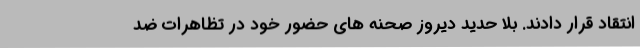
انتقاد قرار دادند. بلا حدید دیروز صحنه های حضور خود در تظاهرات ضد